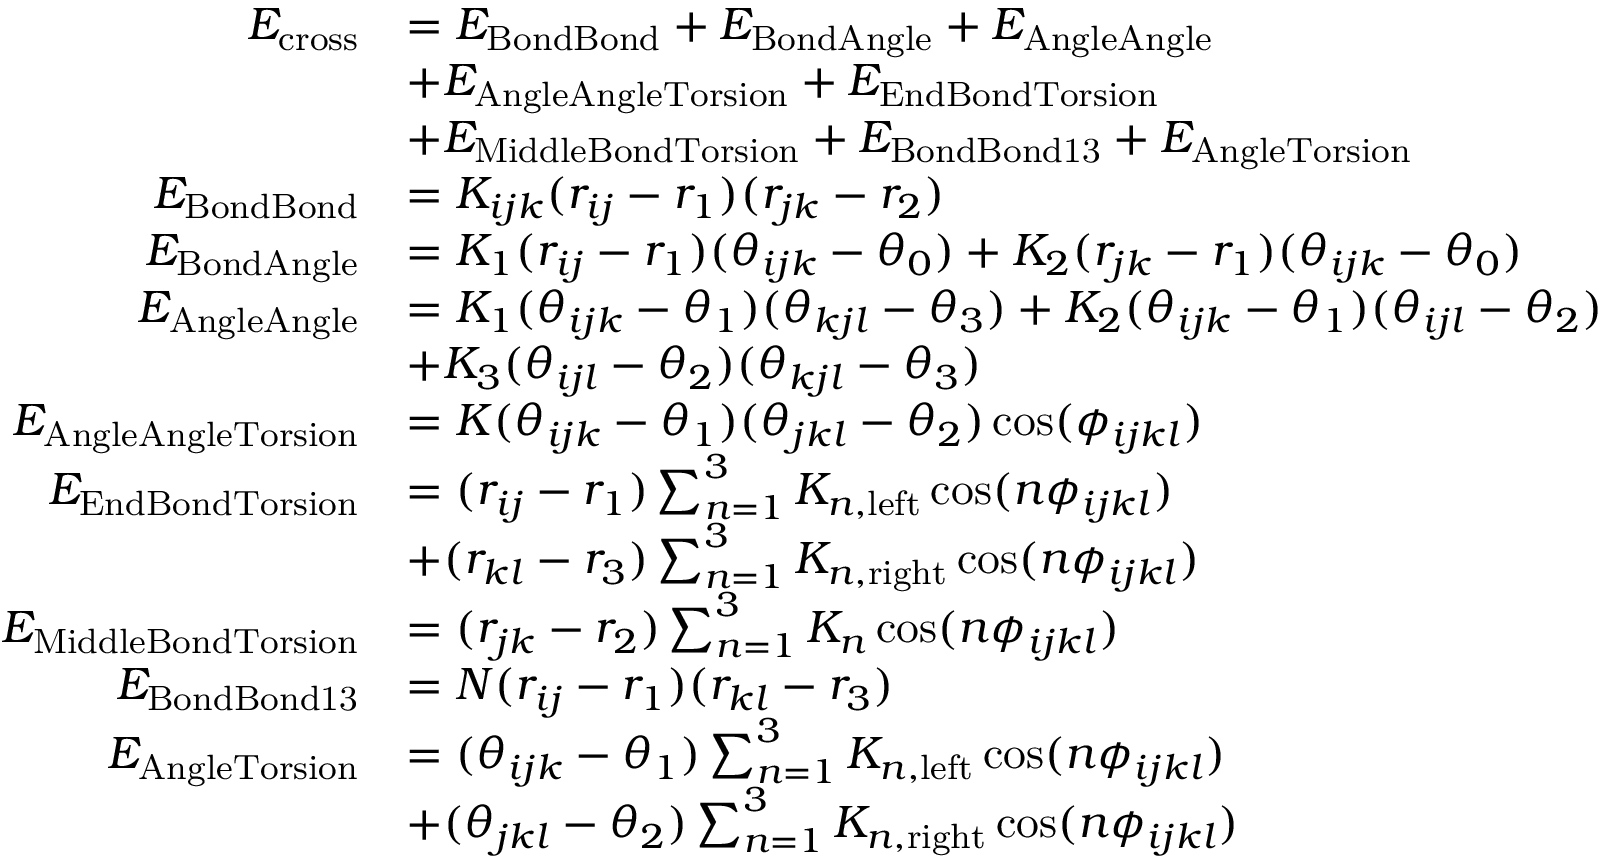
\begin{array} { r l } { E _ { \mathrm { c r o s s } } } & { = E _ { \mathrm { B o n d B o n d } } + E _ { \mathrm { B o n d A n g l e } } + E _ { \mathrm { A n g l e A n g l e } } } \\ & { + E _ { \mathrm { A n g l e A n g l e T o r s i o n } } + E _ { \mathrm { E n d B o n d T o r s i o n } } } \\ & { + E _ { \mathrm { M i d d l e B o n d T o r s i o n } } + E _ { \mathrm { B o n d B o n d 1 3 } } + E _ { \mathrm { A n g l e T o r s i o n } } } \\ { E _ { \mathrm { B o n d B o n d } } } & { = K _ { i j k } ( r _ { i j } - r _ { 1 } ) ( r _ { j k } - r _ { 2 } ) } \\ { E _ { \mathrm { B o n d A n g l e } } } & { = K _ { 1 } ( r _ { i j } - r _ { 1 } ) ( \theta _ { i j k } - \theta _ { 0 } ) + K _ { 2 } ( r _ { j k } - r _ { 1 } ) ( \theta _ { i j k } - \theta _ { 0 } ) } \\ { E _ { \mathrm { A n g l e A n g l e } } } & { = K _ { 1 } ( \theta _ { i j k } - \theta _ { 1 } ) ( \theta _ { k j l } - \theta _ { 3 } ) + K _ { 2 } ( \theta _ { i j k } - \theta _ { 1 } ) ( \theta _ { i j l } - \theta _ { 2 } ) } \\ & { + K _ { 3 } ( \theta _ { i j l } - \theta _ { 2 } ) ( \theta _ { k j l } - \theta _ { 3 } ) } \\ { E _ { \mathrm { A n g l e A n g l e T o r s i o n } } } & { = K ( \theta _ { i j k } - \theta _ { 1 } ) ( \theta _ { j k l } - \theta _ { 2 } ) \cos ( \phi _ { i j k l } ) } \\ { E _ { \mathrm { E n d B o n d T o r s i o n } } } & { = ( r _ { i j } - r _ { 1 } ) \sum _ { n = 1 } ^ { 3 } K _ { n , \mathrm { l e f t } } \cos ( n \phi _ { i j k l } ) } \\ & { + ( r _ { k l } - r _ { 3 } ) \sum _ { n = 1 } ^ { 3 } K _ { n , \mathrm { r i g h t } } \cos ( n \phi _ { i j k l } ) } \\ { E _ { \mathrm { M i d d l e B o n d T o r s i o n } } } & { = ( r _ { j k } - r _ { 2 } ) \sum _ { n = 1 } ^ { 3 } K _ { n } \cos ( n \phi _ { i j k l } ) } \\ { E _ { \mathrm { B o n d B o n d 1 3 } } } & { = N ( r _ { i j } - r _ { 1 } ) ( r _ { k l } - r _ { 3 } ) } \\ { E _ { \mathrm { A n g l e T o r s i o n } } } & { = ( \theta _ { i j k } - \theta _ { 1 } ) \sum _ { n = 1 } ^ { 3 } K _ { n , \mathrm { l e f t } } \cos ( n \phi _ { i j k l } ) } \\ & { + ( \theta _ { j k l } - \theta _ { 2 } ) \sum _ { n = 1 } ^ { 3 } K _ { n , \mathrm { r i g h t } } \cos ( n \phi _ { i j k l } ) } \end{array}